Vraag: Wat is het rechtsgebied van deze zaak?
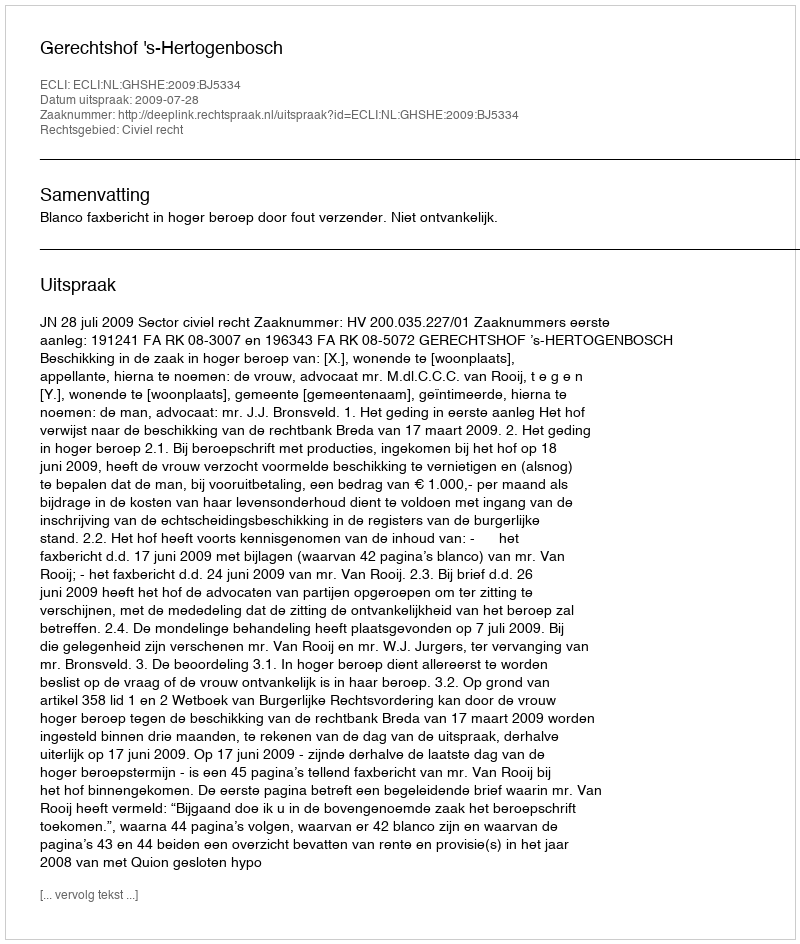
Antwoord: Civiel recht